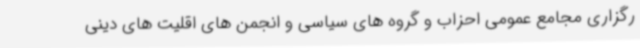
رگزاری مجامع عمومی احزاب و گروه های سیاسی و انجمن های اقلیت های دینی